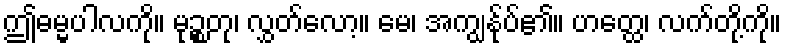
ဤဓမ္မပါလကို။ မုဉ္စတု၊ လွှတ်လော့။ မေ၊ အကျွန်ုပ်၏။ ဟတ္ထေ၊ လက်တို့ကို။